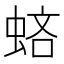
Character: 𧋻